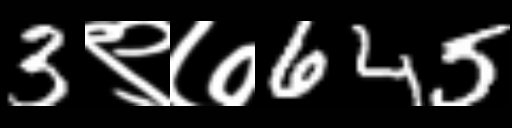
Text: 3९७645